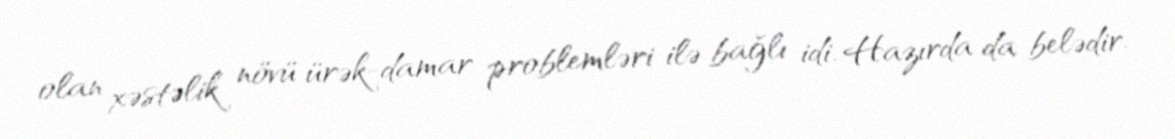
olan xəstəlik növü ürək-damar problemləri ilə bağlı idi. Hazırda da belədir.